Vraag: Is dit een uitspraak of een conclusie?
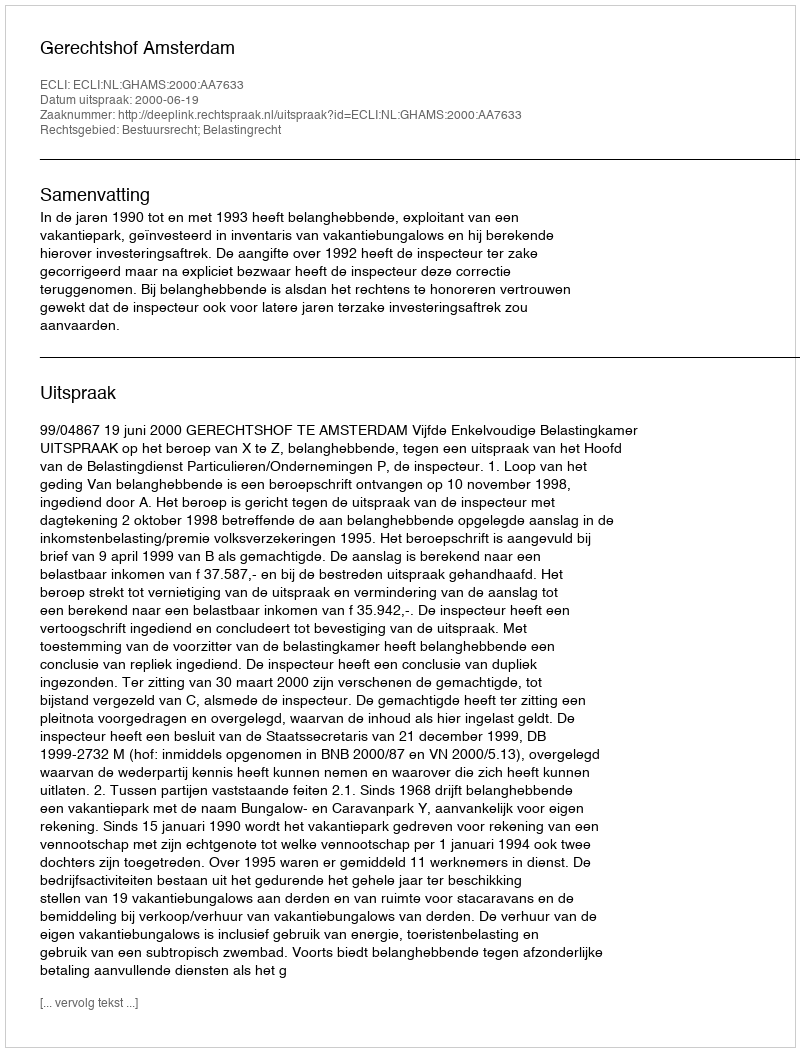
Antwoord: Uitspraak